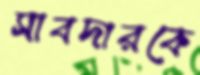
সাবদারকে